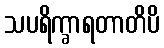
သပရိက္ခာရတာတိပိ